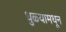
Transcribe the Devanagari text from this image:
धुळ्यामधून